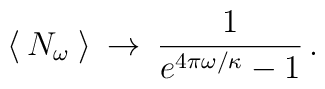
\:\langle \:N_{\omega } \: \rangle \:\rightarrow  \:\frac{1}{e^{4\pi \omega / \kappa } - 1} \,.\: